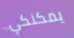
يمكنكي